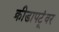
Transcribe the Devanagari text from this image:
क्रीडापटूंवर